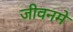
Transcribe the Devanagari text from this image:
जीवनमे